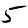
Digit: 5